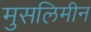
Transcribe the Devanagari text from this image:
मुसलिमीन